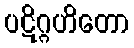
ပဋိဂ္ဂဟိတော